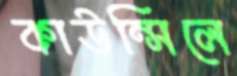
কাউন্সিলে